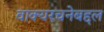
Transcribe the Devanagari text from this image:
वाक्यरचनेबद्दल